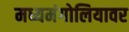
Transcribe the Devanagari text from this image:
मध्यमंगोलियावर